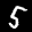
Label: 5